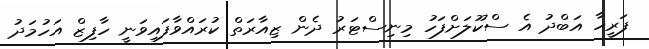
ފަރީހާ އަބްދު އެ ސްކޫލަށްފަހު މިނިސްޓަރު ދެން ޒިއާރަތް ކުރައްވާފައިވަނީ ހާފިޒް އަހުމަދު